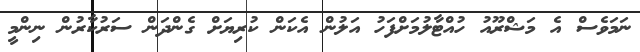
ނަމަވެސް އެ މަޝްރޫއު ހުއްޓާލުމަށްފަހު އަލުން އެކަން ކުރިޔަށް ގެންދަން ސަރުކާރުން ނިންމީ